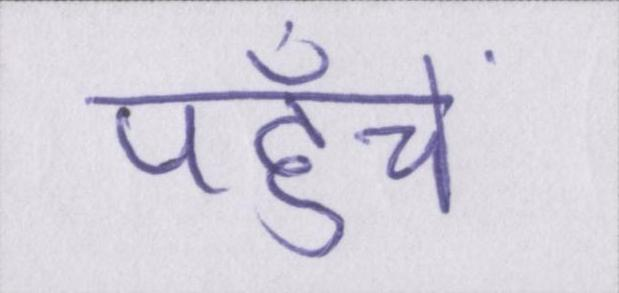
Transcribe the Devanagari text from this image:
पहुँचें